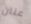
عنان